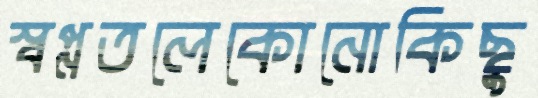
স্বপ্নতলেকোনোকিছু